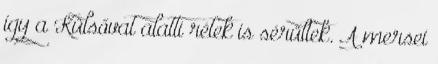
így a Külsővat alatti rétek is sérültek. A mersei